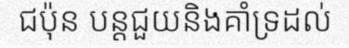
ជប៉ុន បន្តជួយនិងគាំទ្រដល់